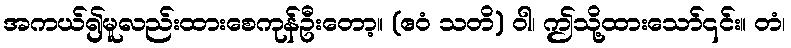
အကယ်၍မူလည်းထားစေကုန်ဦးတော့။ (ဧဝံ သတိ) ဝါ၊ ဤသို့ထားသော်၎င်း။ တံ၊